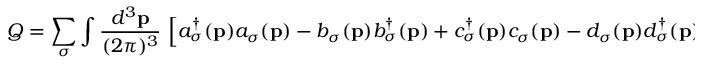
Q = \sum _ { \sigma } \int \frac { d ^ { 3 } { \bf p } } { ( 2 \pi ) ^ { 3 } } \, \left[ a _ { \sigma } ^ { \dagger } ( { \bf p } ) a _ { \sigma } ( { \bf p } ) - b _ { \sigma } ( { \bf p } ) b _ { \sigma } ^ { \dagger } ( { \bf p } ) + c _ { \sigma } ^ { \dagger } ( { \bf p } ) c _ { \sigma } ( { \bf p } ) - d _ { \sigma } ( { \bf p } ) d _ { \sigma } ^ { \dagger } ( { \bf p } ) \right] \quad ,